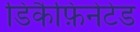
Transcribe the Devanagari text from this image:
डिकैफ़िनेटेड